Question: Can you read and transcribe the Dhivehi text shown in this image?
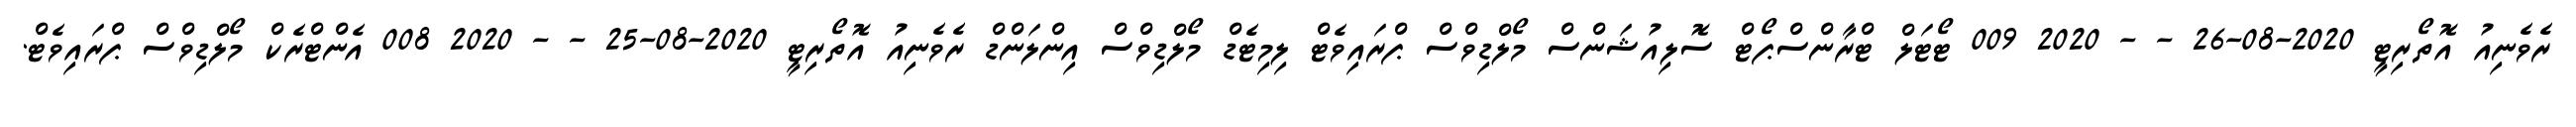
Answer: ރެވެނިއު އޮތޯރިޓީ 2020-08-26 - - 2020 009 ޓޯޓަލް ޓްރާންސްޕޯޓް ސޮލިއުޝަންސް މޯލްޑިވްސް ޕްރައިވެޓް ލިމިޓެޑް މޯލްޑިވްސް އިންލަންޑް ރެވެނިއު އޮތޯރިޓީ 2020-08-25 - - 2020 008 އެންޓްރެކް މޯލްޑިވްސް ޕްރައިވެޓް.